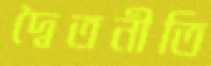
দ্বৈতনীতি